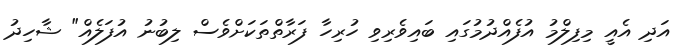
އަދި އެއީ މިފިލްމު އުފެއްދުމުގައި ބައިވެރިވި ހުރިހާ ފަރާތްތަކަށްވެސް ލިބުނު އުފަލެއް" ޝާހިދު